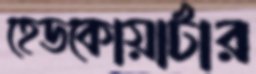
হেডকোয়ার্টার